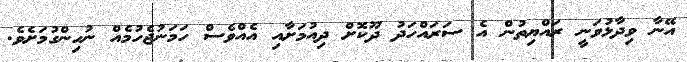
އޭނާ ވިދާޅުވަނީ ރައްޔިތުން އެ ސަރައްހަދު ދޫކޮށް ދިއުމަށާއި އެއްވެސް ހަމަނުޖެހުމެއް ނުހިންގުމަށެވެ.